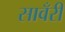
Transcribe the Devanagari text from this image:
सावँरी